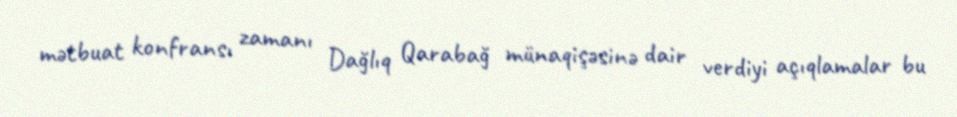
mətbuat konfransı zamanı Dağlıq Qarabağ münaqişəsinə dair verdiyi açıqlamalar bu